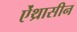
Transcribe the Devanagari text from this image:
ऐंथ्रासीन